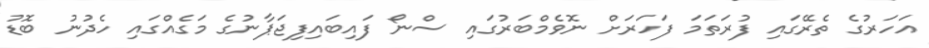
އަހަރުގެ ތެރޭގައި ފުރަތަމަ ފަހަރަށް ނޮވެމްބަރުގައި ސްނޯ ފައިބައިފިޖަޕާނުގެ މަގެއްގައި ހެދުނު ބޮޑު